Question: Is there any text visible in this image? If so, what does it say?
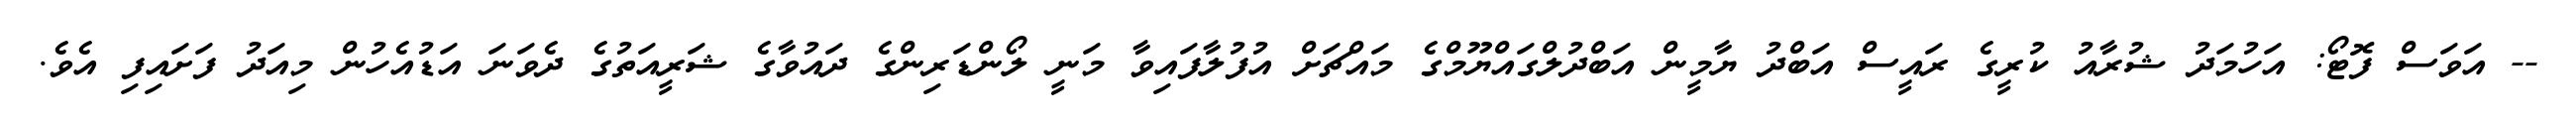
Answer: -- އަވަސް ފޮޓޯ: އަހުމަދު ޝުރާއު ކުރީގެ ރައީސް އަބްދު ޔާމީން އަބްދުލްގައްޔޫމްގެ މައްޗަށް އުފުލާފައިވާ މަނީ ލޯންޑަރިންގެ ދައުވާގެ ޝަރީއަތުގެ ދެވަނަ އަޑުއެހުން މިއަދު ފަށައިފި އެވެ.